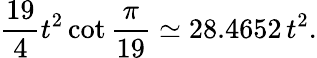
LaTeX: {\frac{19}{4}}t^{2}\cot{\frac{\pi}{19}}\simeq 28.4652\, t^{2}.